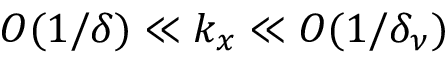
O ( 1 / \delta ) \ll k _ { x } \ll O ( 1 / \delta _ { \nu } )